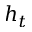
h _ { t }